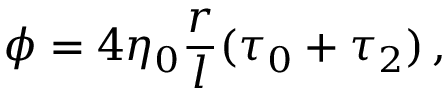
\phi = 4 \eta _ { 0 } \frac r l ( \tau _ { 0 } + \tau _ { 2 } ) \, ,